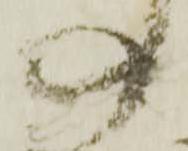
の